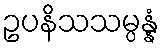
ဥပနိသသမ္ပန္နံ